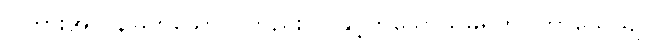
ငါကားအလွန်မြတ်သောသူတည်း။ ငါနှင့်တူသောသူမရှိဟု။ ဘာသေယျ၊